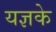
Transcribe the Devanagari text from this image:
यज्ञके